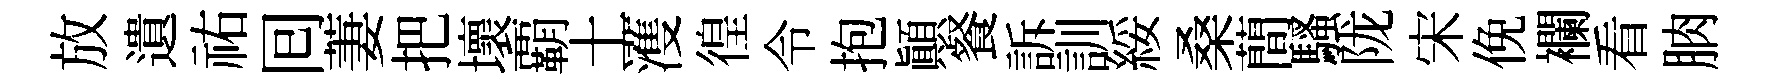
放遺祐囘萋把壞覇土濩徨令抱顛餐訴訓綏桑蕳騷陇宋俛襴看朒